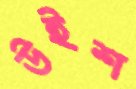
উইশ